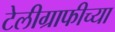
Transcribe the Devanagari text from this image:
टेलीग्राफीच्या